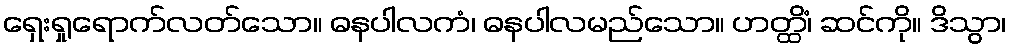
ရှေးရှုရောက်လတ်သော။ ဓနပါလကံ၊ ဓနပါလမည်သော။ ဟတ္ထိံ၊ ဆင်ကို။ ဒိသွာ၊